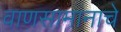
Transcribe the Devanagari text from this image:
वाणसामानाचे